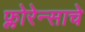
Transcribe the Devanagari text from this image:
फ्लोरेन्साचे